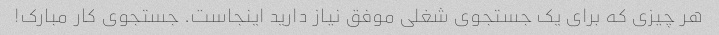
هر چیزی که برای یک جستجوی شغلی موفق نیاز دارید اینجاست. جستجوی کار مبارک!